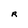
Character: R